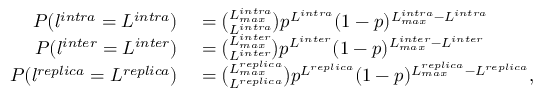
\begin{array} { r l } { P ( l ^ { i n t r a } = L ^ { i n t r a } ) } & { { } = \binom { L _ { m a x } ^ { i n t r a } } { L ^ { i n t r a } } p ^ { L ^ { i n t r a } } ( 1 - p ) ^ { L _ { m a x } ^ { i n t r a } - L ^ { i n t r a } } } \\ { P ( l ^ { i n t e r } = L ^ { i n t e r } ) } & { { } = \binom { L _ { m a x } ^ { i n t e r } } { L ^ { i n t e r } } p ^ { L ^ { i n t e r } } ( 1 - p ) ^ { L _ { m a x } ^ { i n t e r } - L ^ { i n t e r } } } \\ { P ( l ^ { r e p l i c a } = L ^ { r e p l i c a } ) } & { { } = \binom { L _ { m a x } ^ { r e p l i c a } } { L ^ { r e p l i c a } } p ^ { L ^ { r e p l i c a } } ( 1 - p ) ^ { L _ { m a x } ^ { r e p l i c a } - L ^ { r e p l i c a } } , } \end{array}